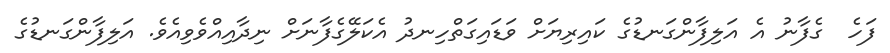
ފަހެ  ގެފާނު އެ އަލިފާންގަނޑުގެ ކައިރިޔަށް ވަޑައިގަތްހިނދު އެކަލޭގެފާނަށް ނިދާއިއްވެވިއެވެ. އަލިފާންގަނޑުގެ